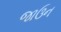
જાઉન